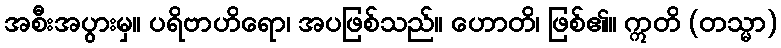
အစီးအပွားမှ။ ပရိဗာဟိရော၊ အပဖြစ်သည်။ ဟောတိ၊ ဖြစ်၏။ ဣတိ (တသ္မာ)